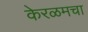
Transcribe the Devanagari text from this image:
केरळमचा